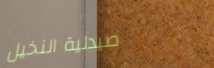
صيدلية النخيل